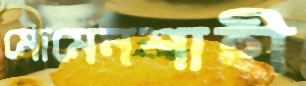
মোমেনশাহী